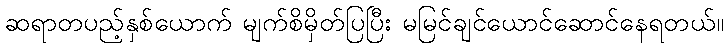
ဆရာတပည့်နှစ်ယောက် မျက်စိမှိတ်ပြပြီး မမြင်ချင်ယောင်ဆောင်နေရတယ်။